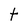
Character: t